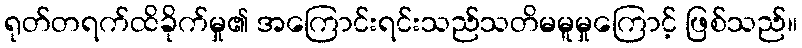
ရုတ်တရက်ထိခိုက်မှု၏ အကြောင်းရင်းသည်သတိမမူမှုကြောင့် ဖြစ်သည်။